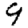
Digit: 9